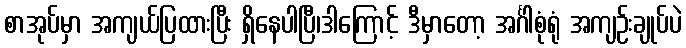
စာအုပ်မှာ အကျယ်ပြထားပြီး ရှိနေပါပြီ၊ဒါကြောင့် ဒီမှာတော့ အင်္ဂါစုံရုံ အကျဉ်းချုပ်ပဲ